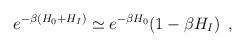
LaTeX: \begin{align*}e^{- \beta(H_0+H_I)} \simeq e^{- \beta H_0} (1- \beta H_I) \; \, ,\end{align*}